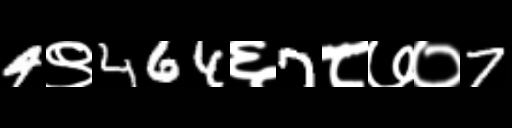
Text: 4९464६7८७०7